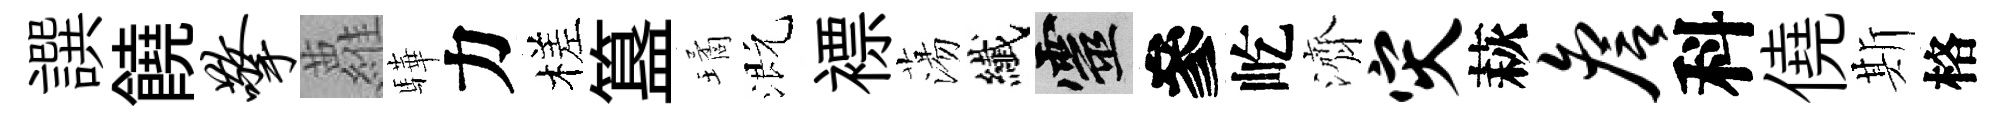
譔饒擎蘿驊力槎簋璚溉褾蕩纎靈參屹濟灾萩詹科僥斯格